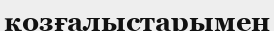
қозғалыстарымен